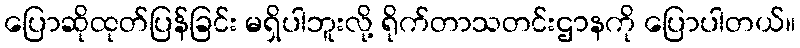
ပြောဆိုထုတ်ပြန်ခြင်း မရှိပါဘူးလို့ ရိုက်တာသတင်းဌာနကို ပြောပါတယ်။